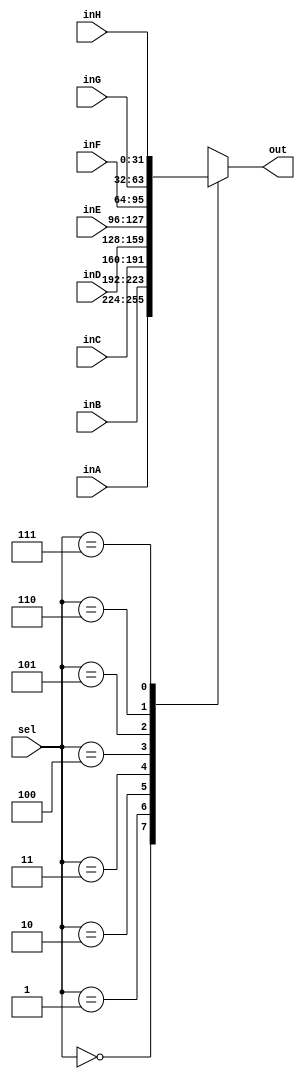
`timescale 1ns / 1ps

////////////////////////////////////////////////////////////////////////////////
// ECE369 - Computer Architecture
// Laboratory 1
// Module - mux_2to1_32bit.v
// Description - Performs signal multiplexing between 2 32-Bit words.
////////////////////////////////////////////////////////////////////////////////

module mux_8to1_32bit(out, inA, inB, inC, inD,inE,inF,inG,inH, sel);

    output  [31:0] out;
    
    input   [31:0] inA,inB, inC, inD,inE,inF,inG,inH;
    input   [2:0]  sel;
	reg [31:0]out;
    /* Fill in the implementation here ... */ 
	 always@(inA,inB,inC, inD,inE,inF,inG,inH,sel)
	 begin
		case (sel) 
			0:
				out <= inA;
			1:
				out <= inB;
			2:
				out <= inC;
			3:
				out <= inD;
			4:
				out <= inE;
			5:
				out <= inF;
			6:
				out <= inG;
			7:
				out <= inH;
		endcase
	 end
	 

endmodule